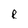
Character: R